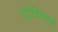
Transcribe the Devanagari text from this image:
एंट्रेविस्तास